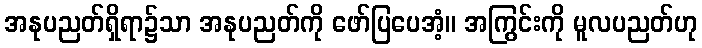
အနုပညတ်ရှိရာ၌သာ အနုပညတ်ကို ဖော်ပြပေအံ့။ အကြွင်းကို မူလပညတ်ဟု